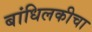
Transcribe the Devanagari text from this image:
बांधिलकीचा